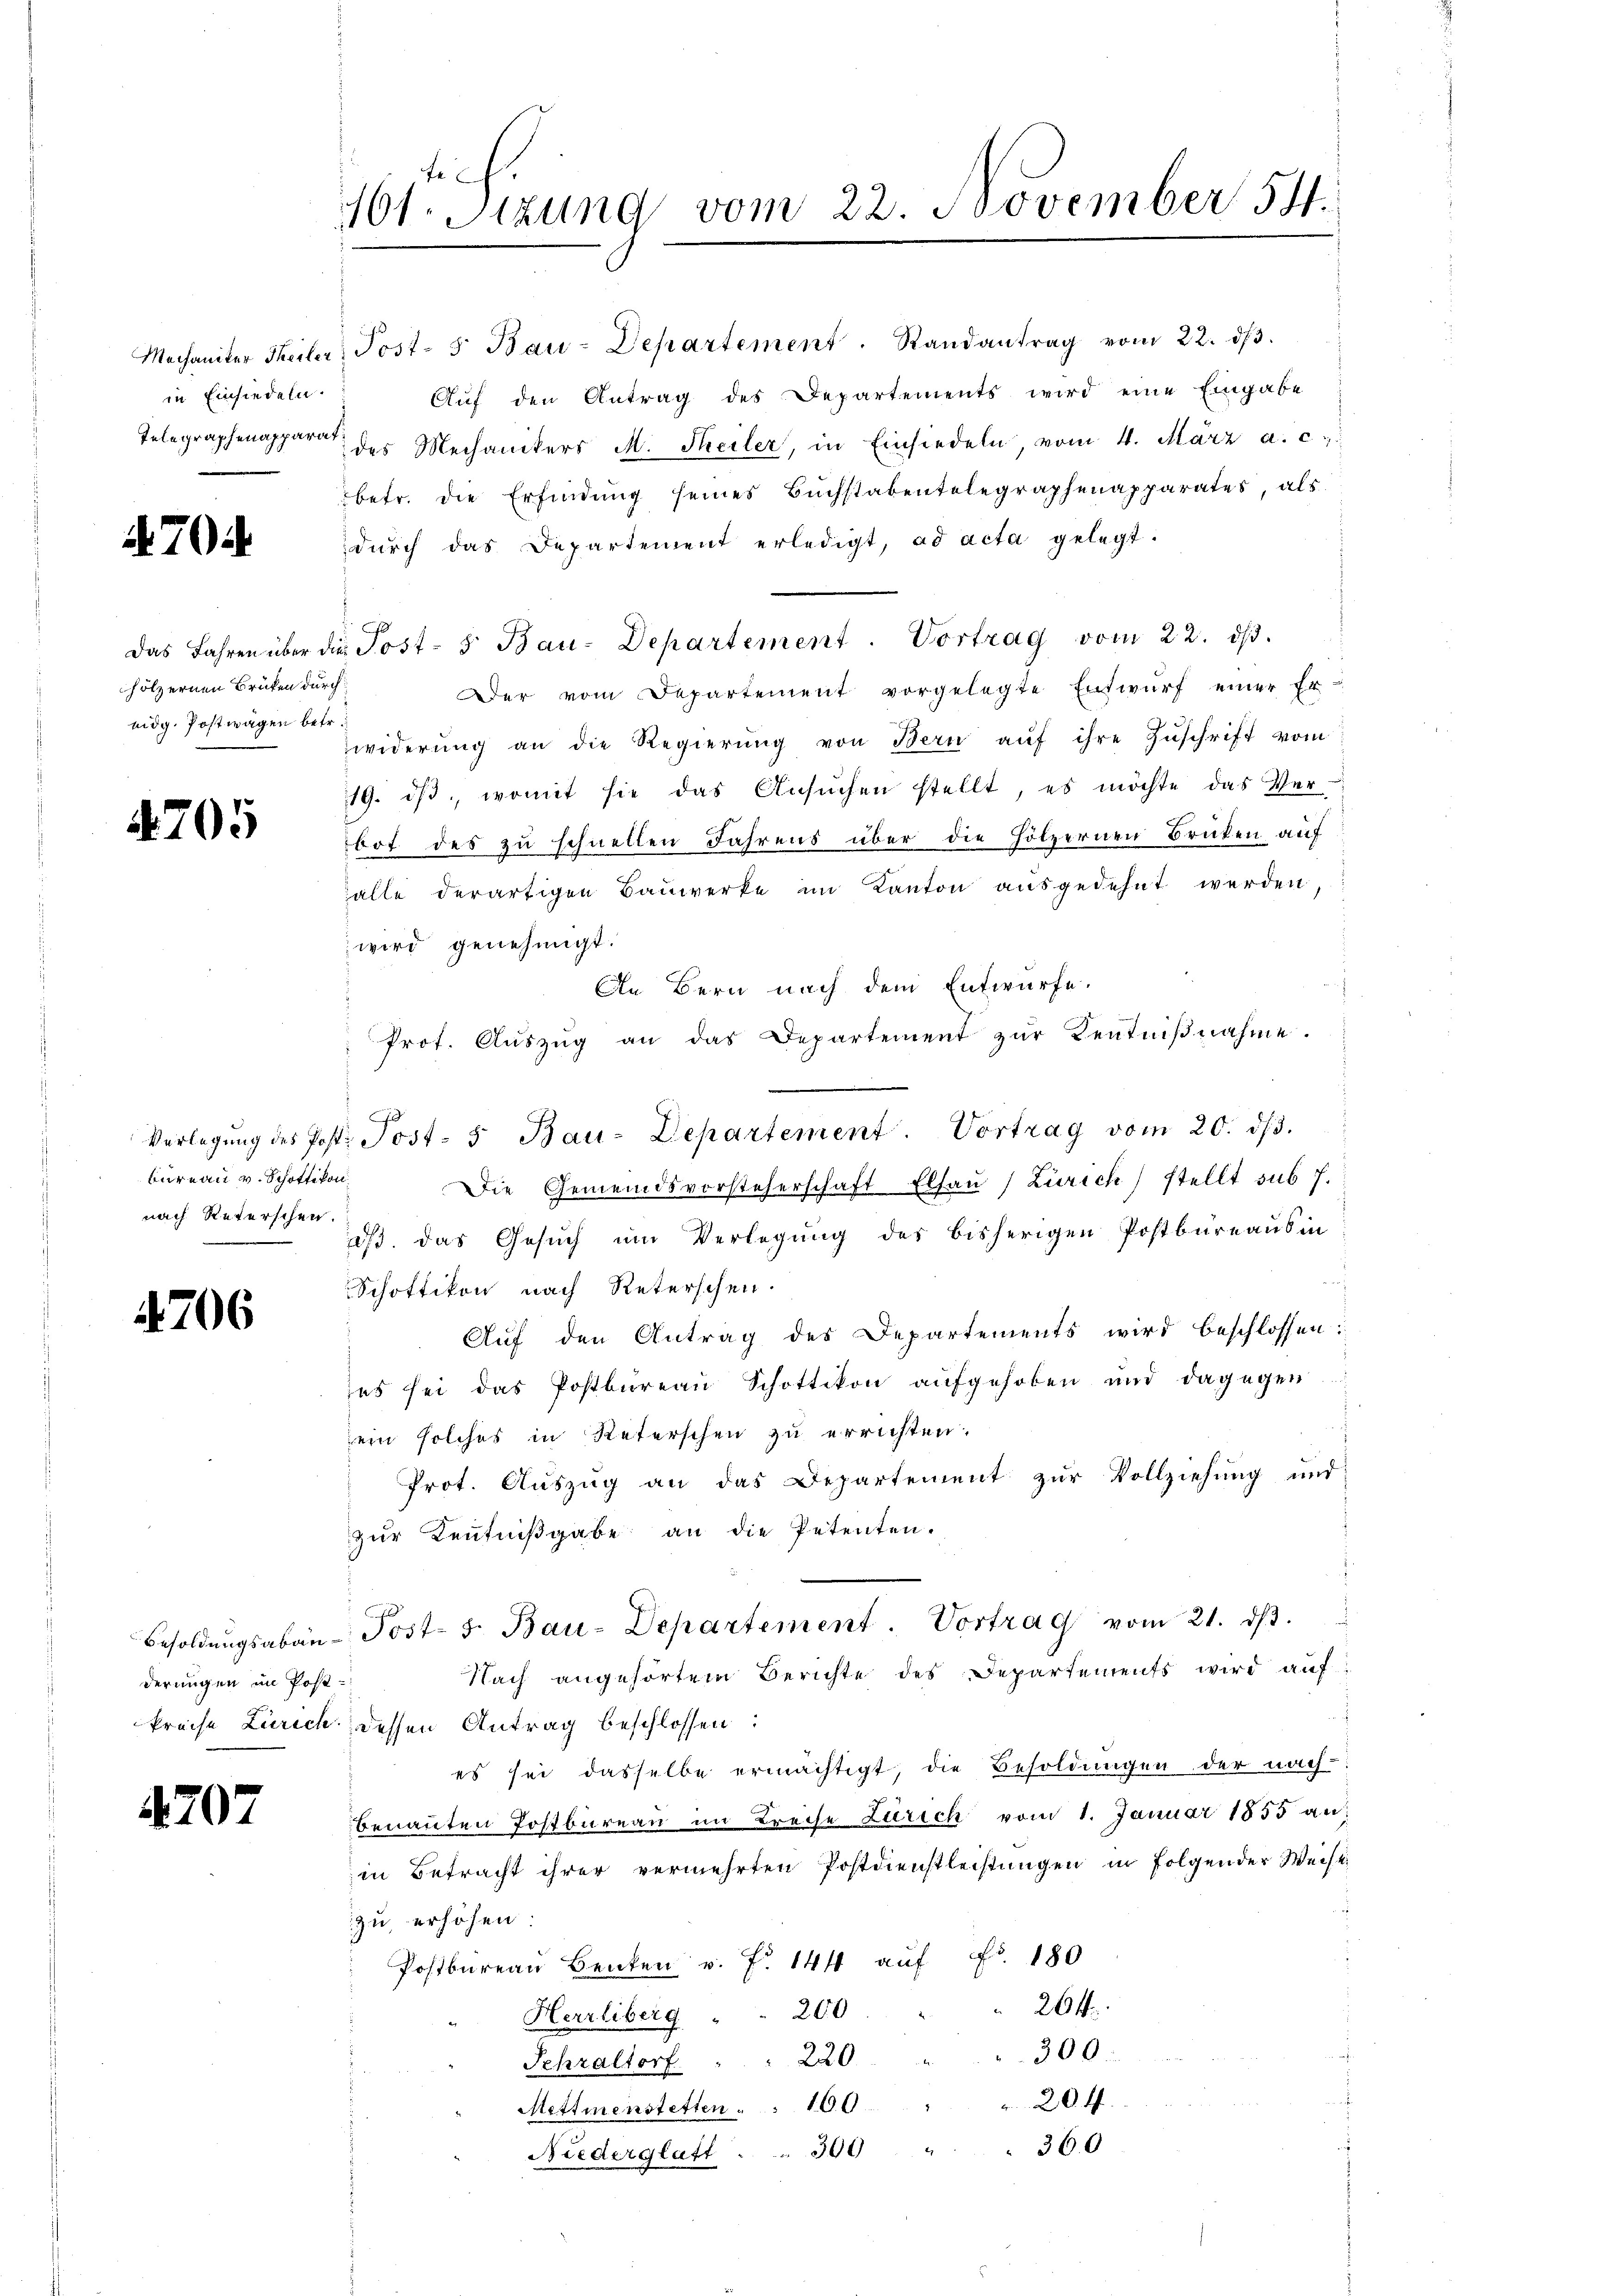
Mechaniker Theiler
in Einsiedeln.
Telegraphenapparat

70

hölzernen Brüken durch
eidg. Postwagen betr.

705

bureau v. Schottikon
nach Reterschen.

706

Besoldungsabänderungen in Post
Preise Zürich

4707

101. Sitzung vom 22. November 54.

Post- 5. Bau-Departement. Randantrag vom 22. dβ.
Auf den Antrag des Departements wird eine Eingabe
des Mechanikers M. Teiler, in Einsiedeln, vom 4. März a. c.
betr. die Erfindung seines Buchstabentelegraphenapparates, als
dŭrch das Departement erledigt, ad acta gelegt.
das Jahren über die Post- 5. Bau-Departement. Vortrag vom 22. dβ.
Der vom Departement vorgelegte Entwŭrf einer Er
Zwiderŭng an die Regierŭng von Bern aŭf ihre Zŭschrift vom
19. dβ. womit sie das Ansŭchen stellt, es möchte das Ver-
bot des zu schnellen Jahrens über die Hölzernen Brüken auf
alle derartigen Bauwerke im Kanton aŭsgedehnt werden,
wird genehmigt.
An Bern nach dem Entwürfe.
Prot. Aŭszŭg an das Departement zŭr Kentniβnahme.
9
Verlegŭng des Post. Post- u Bau-Departement. Vortrag vom 20. dβ.
Die Gemeindsvorsteherschaft Elsau (Zürich) stellt sub 7.
dβ. das Gesŭch ŭm Verlegung des bisherigen Postbüreaus in
Schottikon nach Reterschen.
Auf den Antrag des Departements wird beschlossen:
es sei das Postbüreau Schottikon aufgehoben und dagegen
ein solches in Reterschen zu errichten.
Prot. Auszug an das Departement zur Vollziehung und
zŭr Keṅtniβgabe an die Petenten.
Post- 5. Bau-Departement. Vortrag vom 21. dβ.
Nach angehörtem Berichte des Departements wird aŭf
dessen Antrag beschlossen:
es sei dasselbe ermächtigt, die Besoldungen der nach-
benannten Postbureau im Kreise Zürich vom 1. Januar 1855 an:
in Betracht ihrer vermehrten Postdienstleistungen in folgender Weise
zu erhöhen.
 Postbureau Benken v. Fr. 144 auf Fr. 180
264
200
Herrliberg
300
220
Fehraltorf
204.
Mettmenstetten . . 100
360
300
Niederglatt